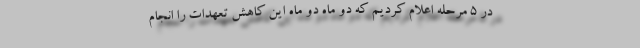
در ۵ مرحله اعلام کردیم که دو ماه دو ماه این کاهش تعهدات را انجام